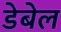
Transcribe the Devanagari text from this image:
डेबेल